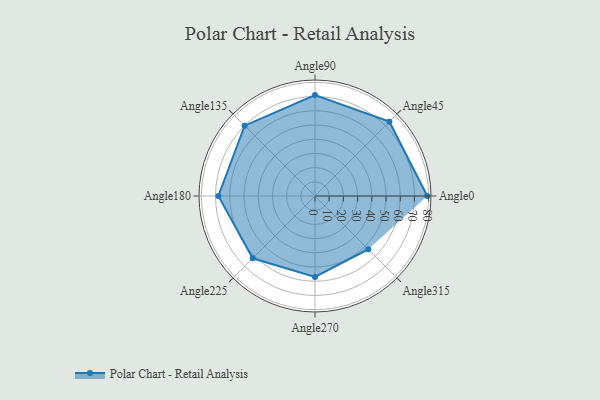
{"axis": {"x": "Angle", "y": "Radius"}, "legend": [""], "data": [{"x": "Angle0", "y": 79.0, "type": ""}, {"x": "Angle45", "y": 74.0, "type": ""}, {"x": "Angle90", "y": 71.0, "type": ""}, {"x": "Angle135", "y": 70.0, "type": ""}, {"x": "Angle180", "y": 68.0, "type": ""}, {"x": "Angle225", "y": 62.0, "type": ""}, {"x": "Angle270", "y": 57.0, "type": ""}, {"x": "Angle315", "y": 53.0, "type": ""}]}